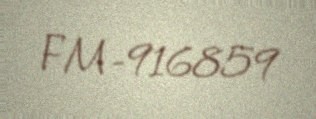
FM-916859